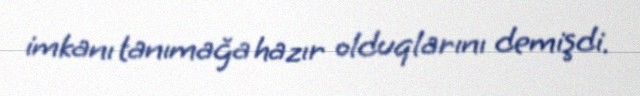
imkanı tanımağa hazır olduqlarını demişdi.